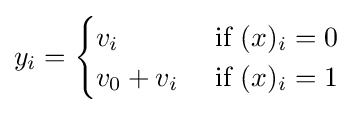
y_{i}={\begin{cases}v_{i}&{\text{ if }}(x)_{i}=0\\v_{0}+v_{i}&{\text{ if }}(x)_{i}=1\\\end{cases}}